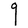
Character: g